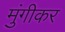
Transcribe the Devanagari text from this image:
मुंगीकर